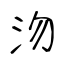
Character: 沕